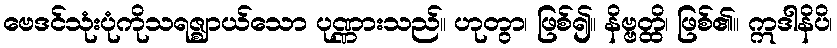
ဗေဒင်သုံးပုံကိုသရဇ္ဈာယ်သော ပုဏ္ဏားသည်။ ဟုတွာ၊ ဖြစ်၍။ နိဗ္ဗတ္ထိ၊ ဖြစ်၏။ ဣဒါနိပိ၊